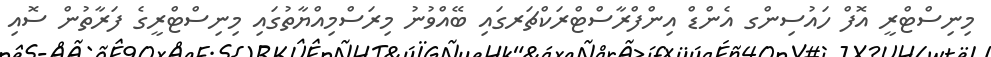
މިނިސްޓްރީ އޮފް ހައުސިންގ އެންޑް އިންފްރާސްޓްރަކްޗަރގައި ބޭއްވުނު މިރަސްމިއްޔާތުގައި މިނިސްޓްރީގެ ފަރާތުން ސޮއި